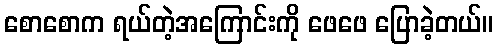
စောစောက ရယ်တဲ့အကြောင်းကို ဖေဖေ ပြောခဲ့တယ်။